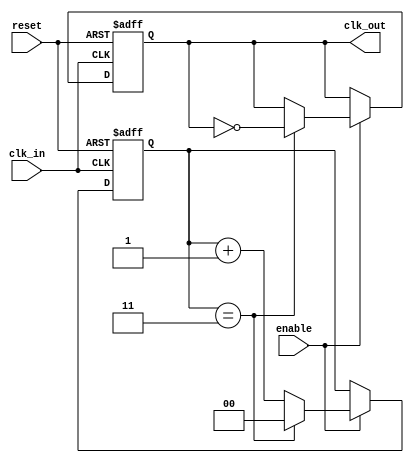
module ClockDivider #(
    parameter DIV_FACTOR = 4  // Default division factor
)(
    input wire clk_in,         // Input clock signal
    input wire reset,          // Reset signal
    input wire enable,         // Enable signal
    output reg clk_out         // Output clock signal
);

    // Counter to keep track of clock cycles
    reg [$clog2(DIV_FACTOR)-1:0] counter; 

    // Synchronous process that handles the clock division
    always @(posedge clk_in or posedge reset) begin
        if (reset) begin
            // Reset condition
            counter <= 0;
            clk_out <= 0; // Initialize output clock to low
        end else if (enable) begin
            // Increment counter
            if (counter == DIV_FACTOR - 1) begin
                clk_out <= ~clk_out; // Toggle the output clock
                counter <= 0;         // Reset counter
            end else begin
                counter <= counter + 1; // Count up
            end
        end
    end

endmodule